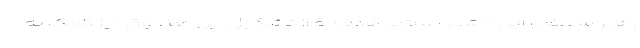
رهبر مخالفان این کشور است و هدف او از تشکیل این صندوق نیز کمک به